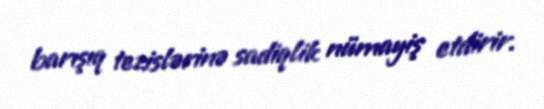
barışıq tezislərinə sadiqlik nümayiş etdirir.